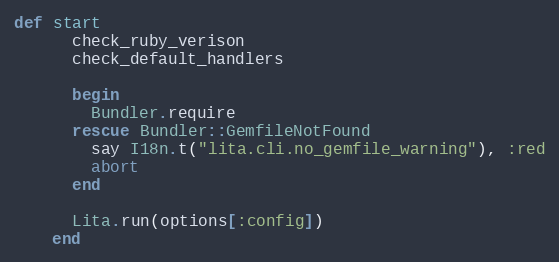
Language: Ruby
def start
      check_ruby_verison
      check_default_handlers

      begin
        Bundler.require
      rescue Bundler::GemfileNotFound
        say I18n.t("lita.cli.no_gemfile_warning"), :red
        abort
      end

      Lita.run(options[:config])
    end